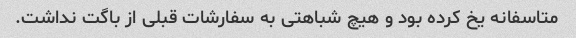
متاسفانه یخ کرده بود و هیچ شباهتی به سفارشات قبلی از باگت نداشت.